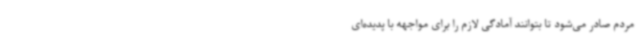
مردم صادر می‌شود تا بتوانند آمادگی لازم را برای مواجهه با پدیده‌ای